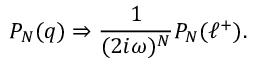
P _ { N } ( q ) \Rightarrow { \frac { 1 } { ( 2 i \omega ) ^ { N } } } P _ { N } ( \ell ^ { + } ) .